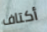
أكتاف